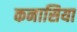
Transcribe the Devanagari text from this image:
कनासिया